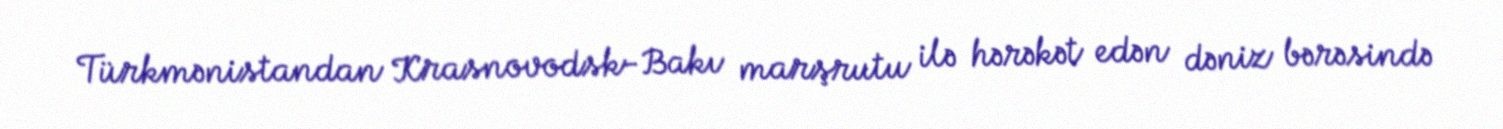
Türkmənistandan Krasnovodsk-Bakı marşrutu ilə hərəkət edən dəniz bərəsində